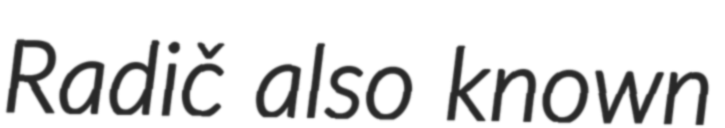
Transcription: Radič also known